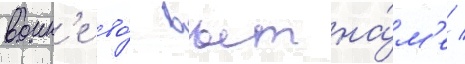
воин'е во́ вьетна́м'е /